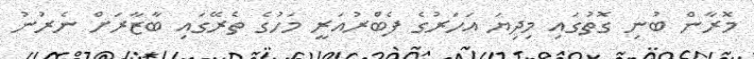
މޮރާން ބުނި ގޮތުގައި މިދިޔަ އަހަރުގެ ފެބްރުއަރީ މަހުގެ ތެރޭގައި ބާޒާރަށް ނެރުނު